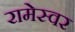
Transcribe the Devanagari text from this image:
रामेस्वर